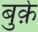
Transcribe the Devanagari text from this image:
बुर्क़े